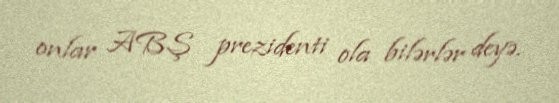
onlar ABŞ prezidenti ola bilərlər deyə.